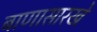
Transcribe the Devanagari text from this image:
बाणासारखे